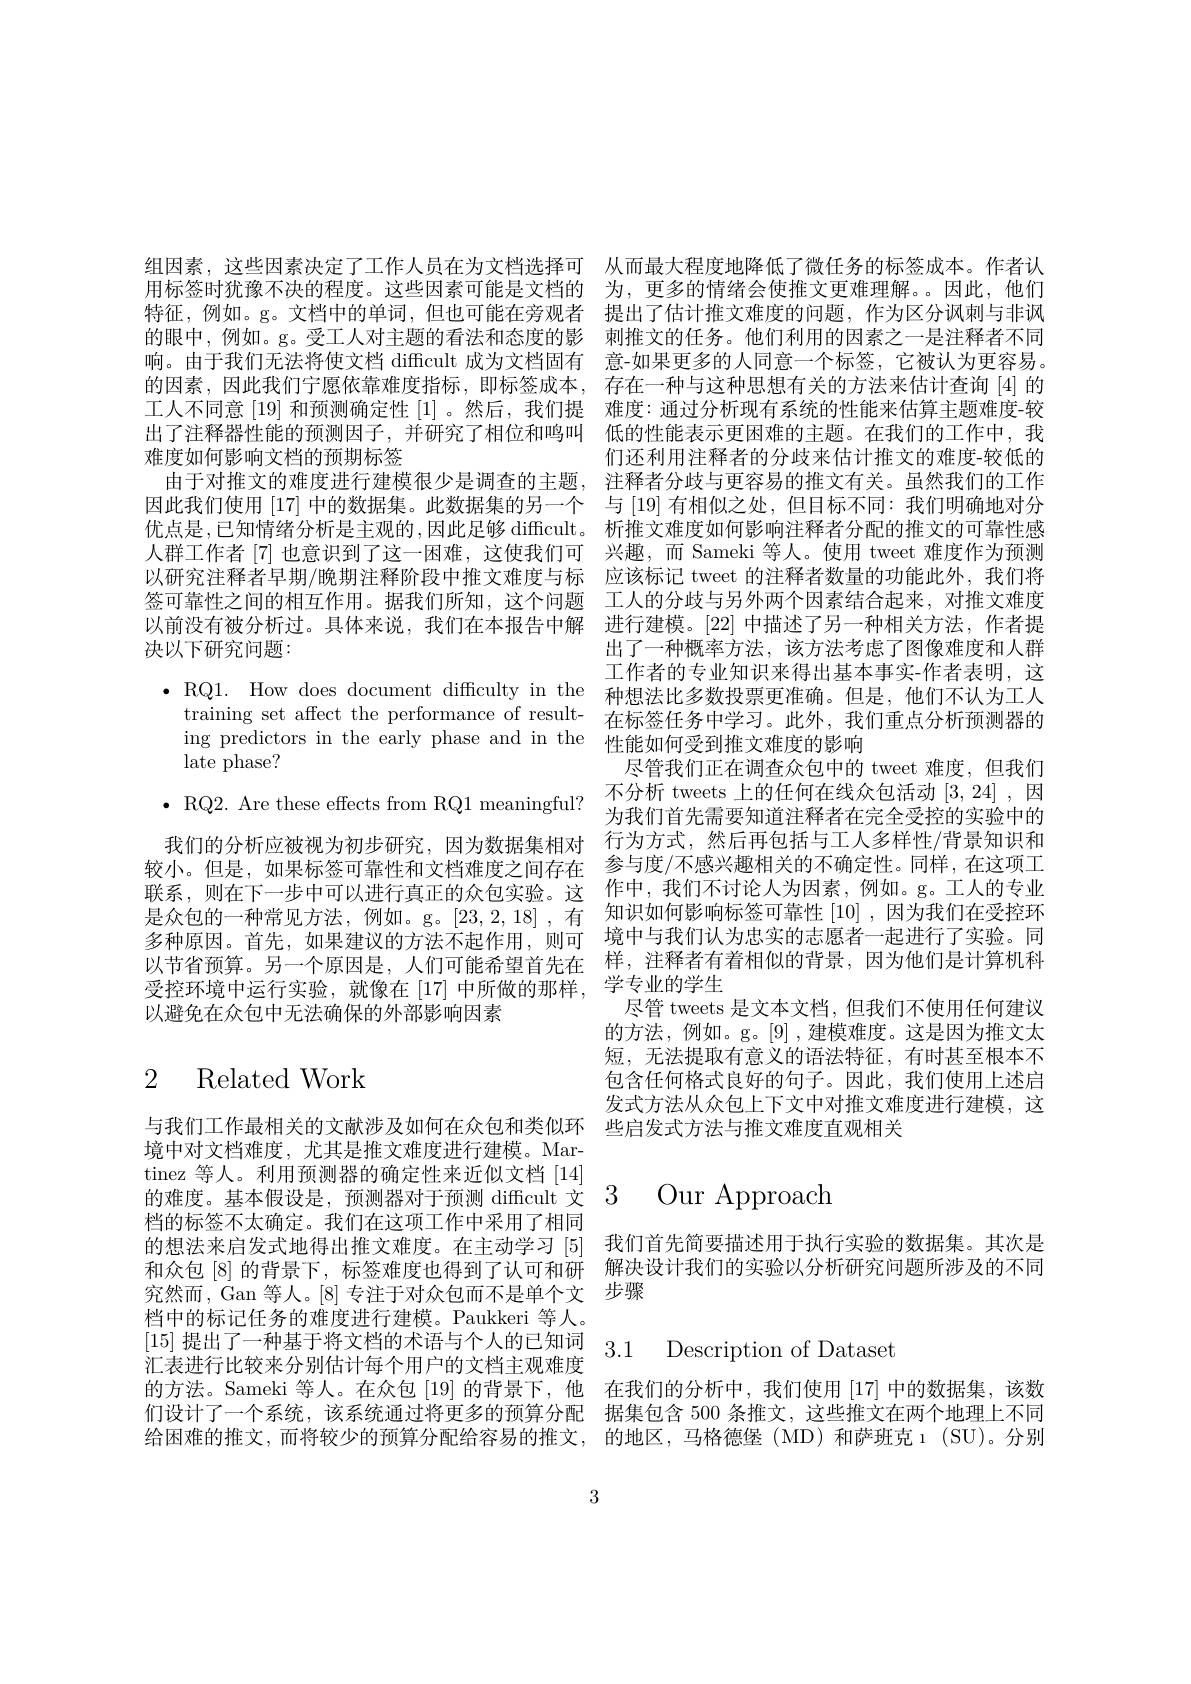
组因素，这些因素决定了工作人员在为文档选择可 从而最大程度地降低了微任务的标签成本。作者认用标签时犹豫不决的程度。这些因素可能是文档的 为，更多的情绪会使推文更难理解。。因此，他们特征，例如。g。文档中的单词，但也可能在旁观者 提出了估计推文难度的问题，作为区分讽刺与非讽的眼中，例如。g。受工人对主题的看法和态度的影 刺推文的任务。他们利用的因素之一是注释者不同响。由于我们无法将使文档 difficult 成为文档固有 意-如果更多的人同意一个标签，它被认为更容易。的因素，因此我们宁愿依靠难度指标，即标签成本，存在一种与这种思想有关的方法来估计查询[4]的工人不同意 [19] 和预测确定性 [1] 。然后，我们提 难度：通过分析现有系统的性能来估算主题难度-较出了注释器性能的预测因子，并研究了相位和鸣叫 低的性能表示更困难的主题。在我们的工作中，我难度如何影响文档的预期标签
由于对推文的难度进行建模很少是调查的主题，注释者分歧与更容易的推文有关。虽然我们的工作因此我们使用[17]中的数据集。此数据集的另一个 与 [19] 有相似之处，但目标不同：我们明确地对分优点是，已知情绪分析是主观的，因此足够 diffcult。析推文难度如何影响注释者分配的推文的可靠性感人群工作者 [7] 也意识到了这一困难，这使我们可 兴趣，而 Sameki 等人。使用 tweet 难度作为预测以研究注释者早期/晚期注释阶段中推文难度与标 应该标记 tweet 的注释者数量的功能此外，我们将签可靠性之间的相互作用。据我们所知，这个问题 工人的分歧与另外两个因素结合起来，对推文难度以前没有被分析过。具体来说，我们在本报告中解 进行建模。[22] 中描述了另一种相关方法，作者提决以下研究问题：
$\bullet$ RQ1. How does document difficulty in the 种想法比多数投票更准确。但是，他们不认为工人
training set affect the performance of result- 在标签任务中学习。此外，我们重点分析预测器的
ing predictors in the early phase and in the 性能如何受到推文难度的影响
late phase?
$\bullet$ RQ2. Are these effects from RQ1 meaningful?
我们的分析应被视为初步研究，因为数据集相对 行为方式，然后再包括与工人多样性/背景知识和较小。但是，如果标签可靠性和文档难度之间存在 参与度/不感兴趣相关的不确定性。同样，在这项工联系，则在下一步中可以进行真正的众包实验。这 作中，我们不讨论人为因素，例如。g。工人的专业是众包的一种常见方法，例如。g。[23,2,18] , 有 知识如何影响标签可靠性 [10] ,因为我们在受控环多 件 质 因 。目 几 , 如 未 连 以 可 力 公 个 起 作 历 , 则 可 以 节 省 预 算 。另 一 个 原 因 是 , 人 们 可 能 希 望 首 先 在 样 , 注 释 者 有 着 相 似 的 背 景 , 因 为 他 们 是 计 算 机 科 可 以 节 省 预 算 。另 一 个 原 因 是 , 人 们 可 能 希 望 首 先 在 学 生 业 的 学 片以 中 目 负 开 。门 亦 四 定 , 八 间 可 能 作 主 自 几 世 受 控 环 境 中 运 行 实 验 , 就 像 在 [ 17] 中 所 做 的 那 样 , 学 专 业 的 学 生 只 管 twoots
以避免在众包中无法确保的外部影响因素

# 2 Related Work

境中对文档难度，尤其是推文难度进行建模。Martinez 等人。利用预测器的确定性来近似文档[14] 档的标签不太确定。我们在这项工作中采用了相同究然而，Gan 等人。[8] 专注于对众包而不是单个文 步骤
档中的标记任务的难度进行建模。Paukkeri 等人。
[15]提出了一种基于将文档的术语与个人的已知词3.1 Description of Dataset
汇表进行比较来分别估计每个用户的文档主观难度
的方法。Sameki 等人。在众包 [19] 的背景下，他 在我们的分析中，我们使用 [17] 中的数据集，该数们设计了一个系统，该系统通过将更多的预算分配 据集包含 500 条推文，这些推文在两个地理上不同给困难的推文，而将较少的预算分配给容易的推文，的地区，马格德堡 (MD)和萨班克ı(SU)。分别

3

们还利用注释者的分歧来估计推文的难度-较低的出了一种概率方法，该方法考虑了图像难度和人群工作者的专业知识来得出基本事实-作者表明，这
尽管我们正在调查众包中的 tweet 难度，但我们不分析 tweets 上的任何在线众包活动[3,24] ,因为我们首先需要知道注释者在完全受控的实验中的尽管 tweets 是文本文档，但我们不使用任何建议的方法，例如。g。[9],建模难度。这是因为推文太短，无法提取有意义的语法特征，有时甚至根本不包含任何格式良好的句子。因此，我们使用上述启发式方法从众包上下文中对推文难度进行建模，这
与我们工作最相关的文献涉及如何在众包和类似环 些启发式方法与推文难度直观相关

的难度。基本假设是，预测器对于预测 difficult 文3 Our Approach

的想法来启发式地得出推文难度。在主动学习[5]我们首先简要描述用于执行实验的数据集。其次是和众包 [8] 的背景下，标签难度也得到了认可和研 解决设计我们的实验以分析研究问题所涉及的不同